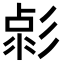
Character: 𢒦